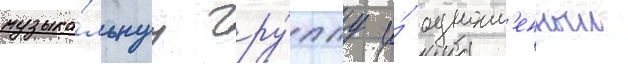
музыка́льнуу гру́ппу и́ одноим'енныи